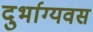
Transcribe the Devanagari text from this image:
दुर्भाग्यवस